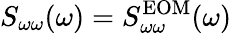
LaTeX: S_{\omega\omega}(\omega)=S_{\omega\omega}^{\mathrm{EOM}}(\omega)